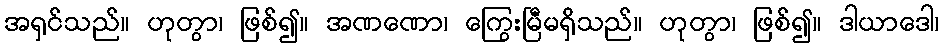
အရှင်သည်။ ဟုတွာ၊ ဖြစ်၍။ အဏဏော၊ ကြွေးမြီမရှိသည်။ ဟုတွာ၊ ဖြစ်၍။ ဒါယာဒေါ၊